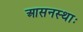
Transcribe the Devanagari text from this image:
आसनस्थाः